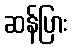
ဆန်ပြား